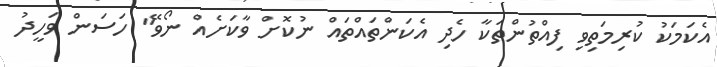
އެކަމަކު ކުރިމަތިވި ފިއްތުންތަކާ ހެދި އެކަންތައްތައް ނުކޮށް ވާކަށެއް ނޯވޭ" ހަސަން ވަހީދު